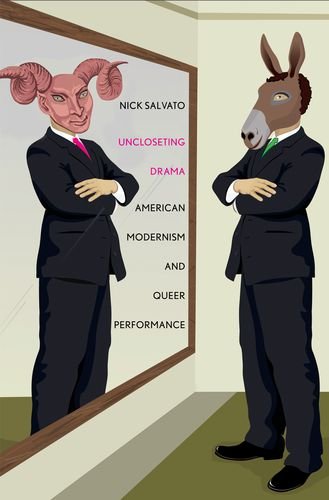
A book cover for Uncloseting Drama: American Modernism and Queer Performance (Yale Studies in English); Nick Salvato; Literature & Fiction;